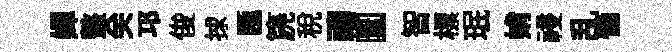
嬋盩关邛俊捄匯篪税禱圜智標珉姢祲乱慟